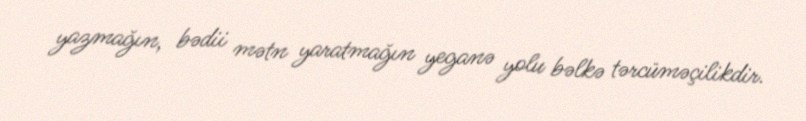
yazmağın, bədii mətn yaratmağın yeganə yolu bəlkə tərcüməçilikdir.